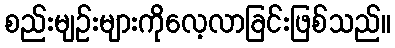
စည်းမျဉ်းများကိုလေ့လာခြင်းဖြစ်သည်။